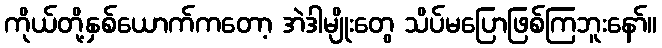
ကိုယ်တို့နှစ်ယောက်ကတော့ အဲဒါမျိုးတွေ သိပ်မပြောဖြစ်ကြဘူးနော်။